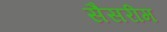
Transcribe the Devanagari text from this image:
सैसरीम